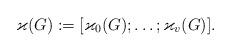
LaTeX: \begin{align*}\varkappa(G):=\lbrack\varkappa_0(G);\ldots;\varkappa_v(G)\rbrack.\end{align*}